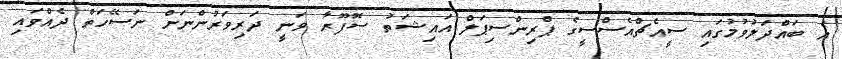
އެ ބައްދަލުވުމުގައި ސީއެޗްއެސްސީގެ ޕްރިންސިޕަލް އައިޝަތު ސޮފޫރާ ވަނީ ދަރިވަރުންނަށް ނަސޭހަތް ދެއްވައި